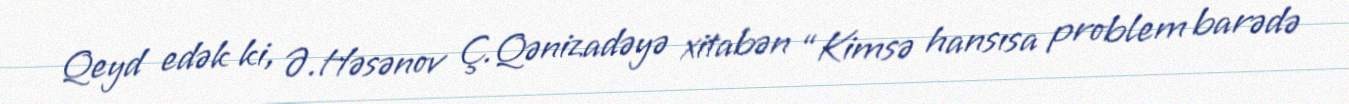
Qeyd edək ki, Ə.Həsənov Ç.Qənizadəyə xitabən “Kimsə hansısa problem barədə